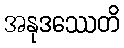
အနုဒဿေတိ